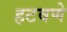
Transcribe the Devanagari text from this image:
हटवणे